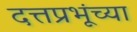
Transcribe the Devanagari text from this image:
दत्तप्रभूंच्या